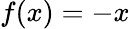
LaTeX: f(x)=-x